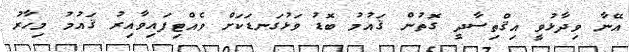
އޭނާ ވިދާޅުވީ އިޤްތިސާދީ ގޮތުން ޤައުމު ބޮޑު ވަޅުގަނޑަކަށް ވެއްޓިފައިވާއިރު ޤައުމު މިހާރު